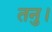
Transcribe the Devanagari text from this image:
तनु।